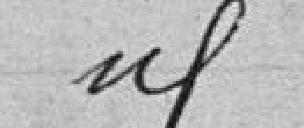
idem